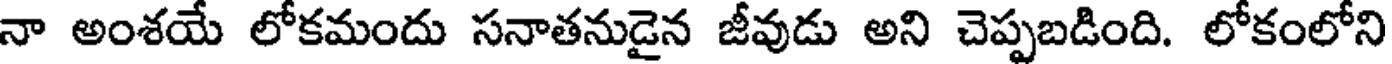
నా అంశయే లోకమందు సనాతనుడైన జీవుడు అని చెప్పబడింది. లోకంలోని